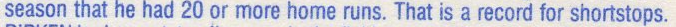
season that he had 20 or more home runs. That is a record for shortstops.